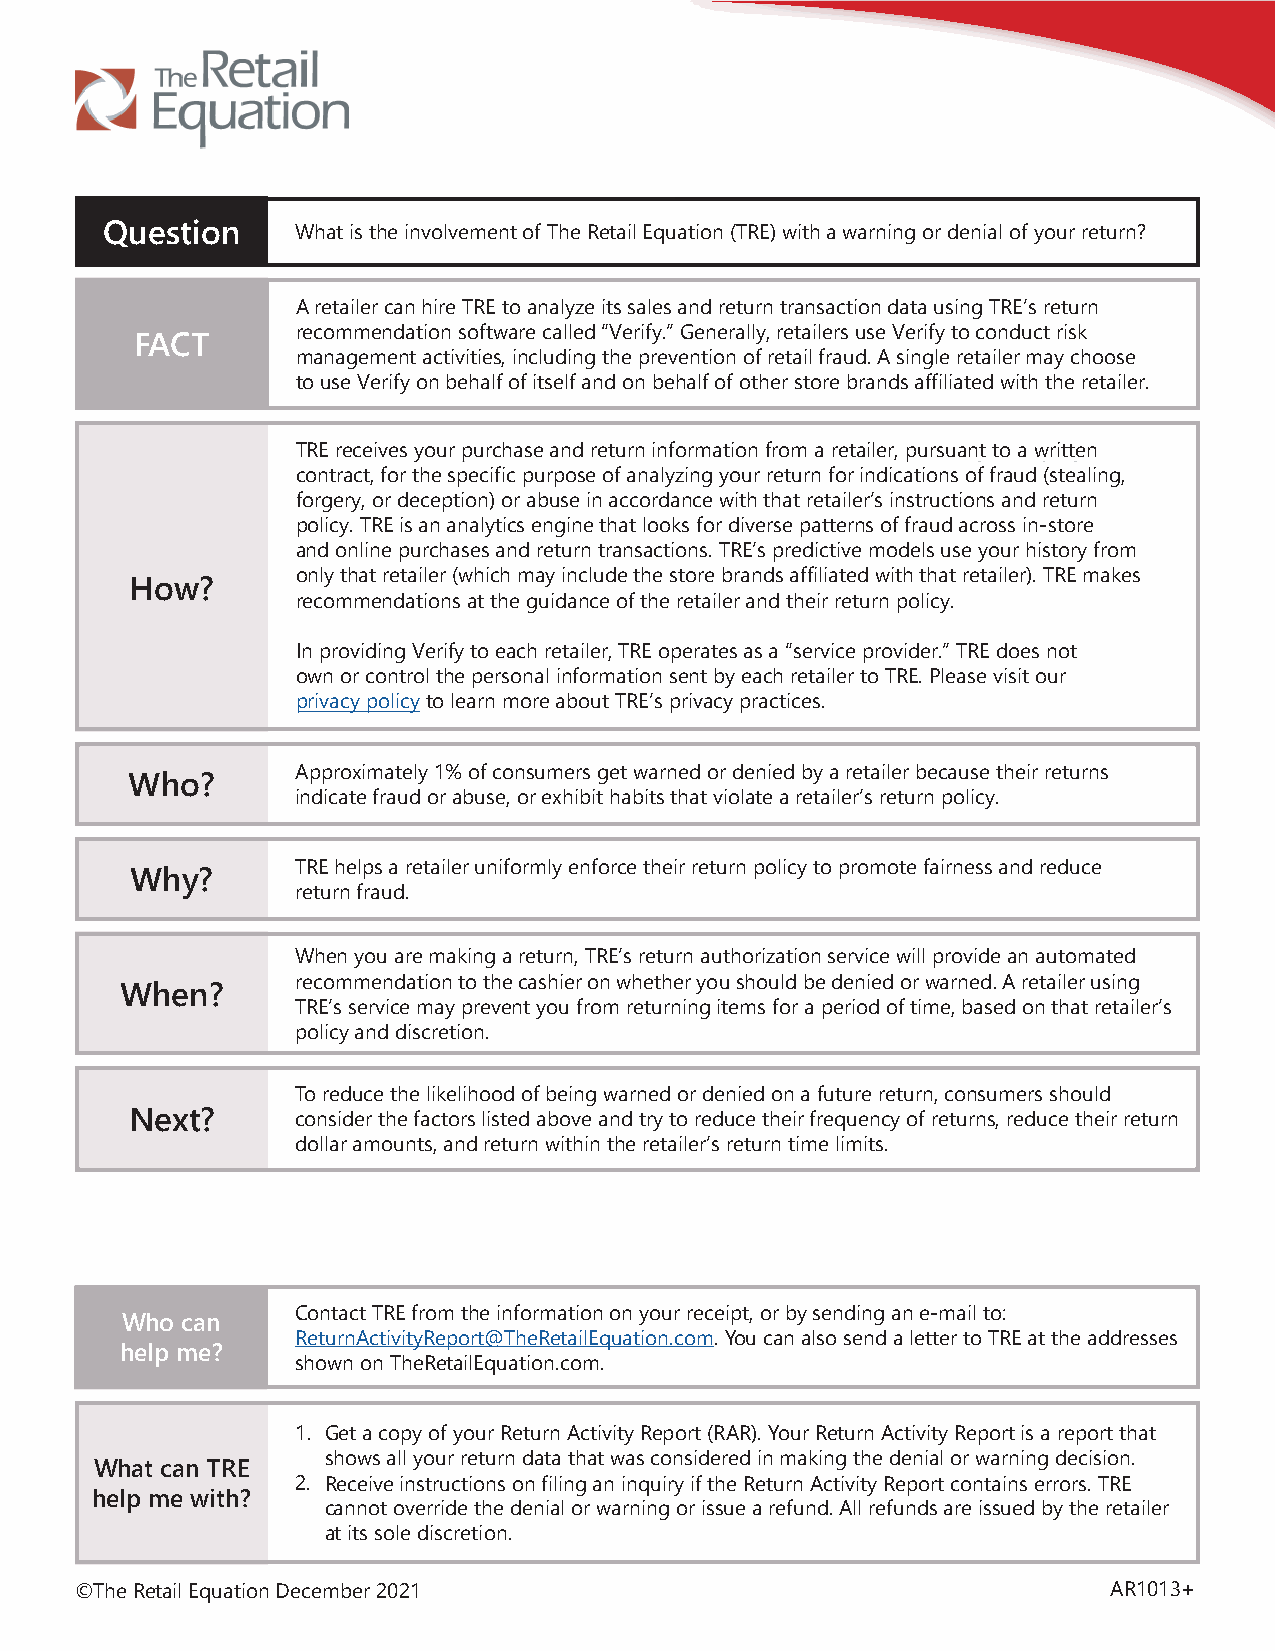
Question     What is the involvement of The Retail Equation (TRE) with a warning or denial of your return?
 A retailer can hire TRE to analyze its sales and return transaction data using TRE’s return
 recommendation software called “Verify.” Generally, retailers use Verify to conduct risk
 FACT
 management activities, including the prevention of retail fraud. A single retailer may choose
 to use Verify on behalf of itself and on behalf of other store brands affiliated with the retailer.
 TRE receives your purchase and return information from a retailer, pursuant to a written
 contract, for the specific purpose of analyzing your return for indications of fraud (stealing,
 forgery, or deception) or abuse in accordance with that retailer’s instructions and return
 policy. TRE is an analytics engine that looks for diverse patterns of fraud across in-store
 and online purchases and return transactions. TRE’s predictive models use your history from
 only that retailer (which may include the store brands affiliated with that retailer). TRE makes
 How?
 recommendations at the guidance of the retailer and their return policy.
 In providing Verify to each retailer, TRE operates as a “service provider.” TRE does not
 own or control the personal information sent by each retailer to TRE. Please visit our
 privacy policy to learn more about TRE’s privacy practices.
 Approximately 1% of consumers get warned or denied by a retailer because their returns
 Who?
 indicate fraud or abuse, or exhibit habits that violate a retailer’s return policy.
 TRE helps a retailer uniformly enforce their return policy to promote fairness and reduce
 Why?
 return fraud.
 When you are making a return, TRE’s return authorization service will provide an automated
 recommendation to the cashier on whether you should be denied or warned. A retailer using
 When?
 TRE’s service may prevent you from returning items for a period of time, based on that retailer’s
 policy and discretion.
 To reduce the likelihood of being warned or denied on a future return, consumers should
 Next?      consider the factors listed above and try to reduce their frequency of returns, reduce their return
 dollar amounts, and return within the retailer’s return time limits.
 Contact TRE from the information on your receipt, or by sending an e-mail to:
 Who can
 ReturnActivityReport@TheRetailEquation.com. You can also send a letter to TRE at the addresses
 help me?
 shown on TheRetailEquation.com.
 1. Get a copy of your Return Activity Report (RAR). Your Return Activity Report is a report that
 shows all your return data that was considered in making the denial or warning decision.
 What can TRE
 2. Receive instructions on filing an inquiry if the Return Activity Report contains errors. TRE
 help me with?
 cannot override the denial or warning or issue a refund. All refunds are issued by the retailer
 at its sole discretion.
 ©The Retail Equation December 2021                                  AR1013+